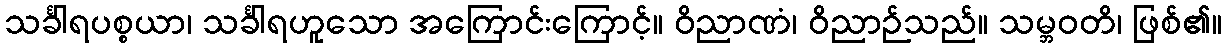
သင်္ခါရပစ္စယာ၊ သင်္ခါရဟူသော အကြောင်းကြောင့်။ ဝိညာဏံ၊ ဝိညာဉ်သည်။ သမ္ဘဝတိ၊ ဖြစ်၏။